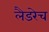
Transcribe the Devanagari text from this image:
लैडरेच